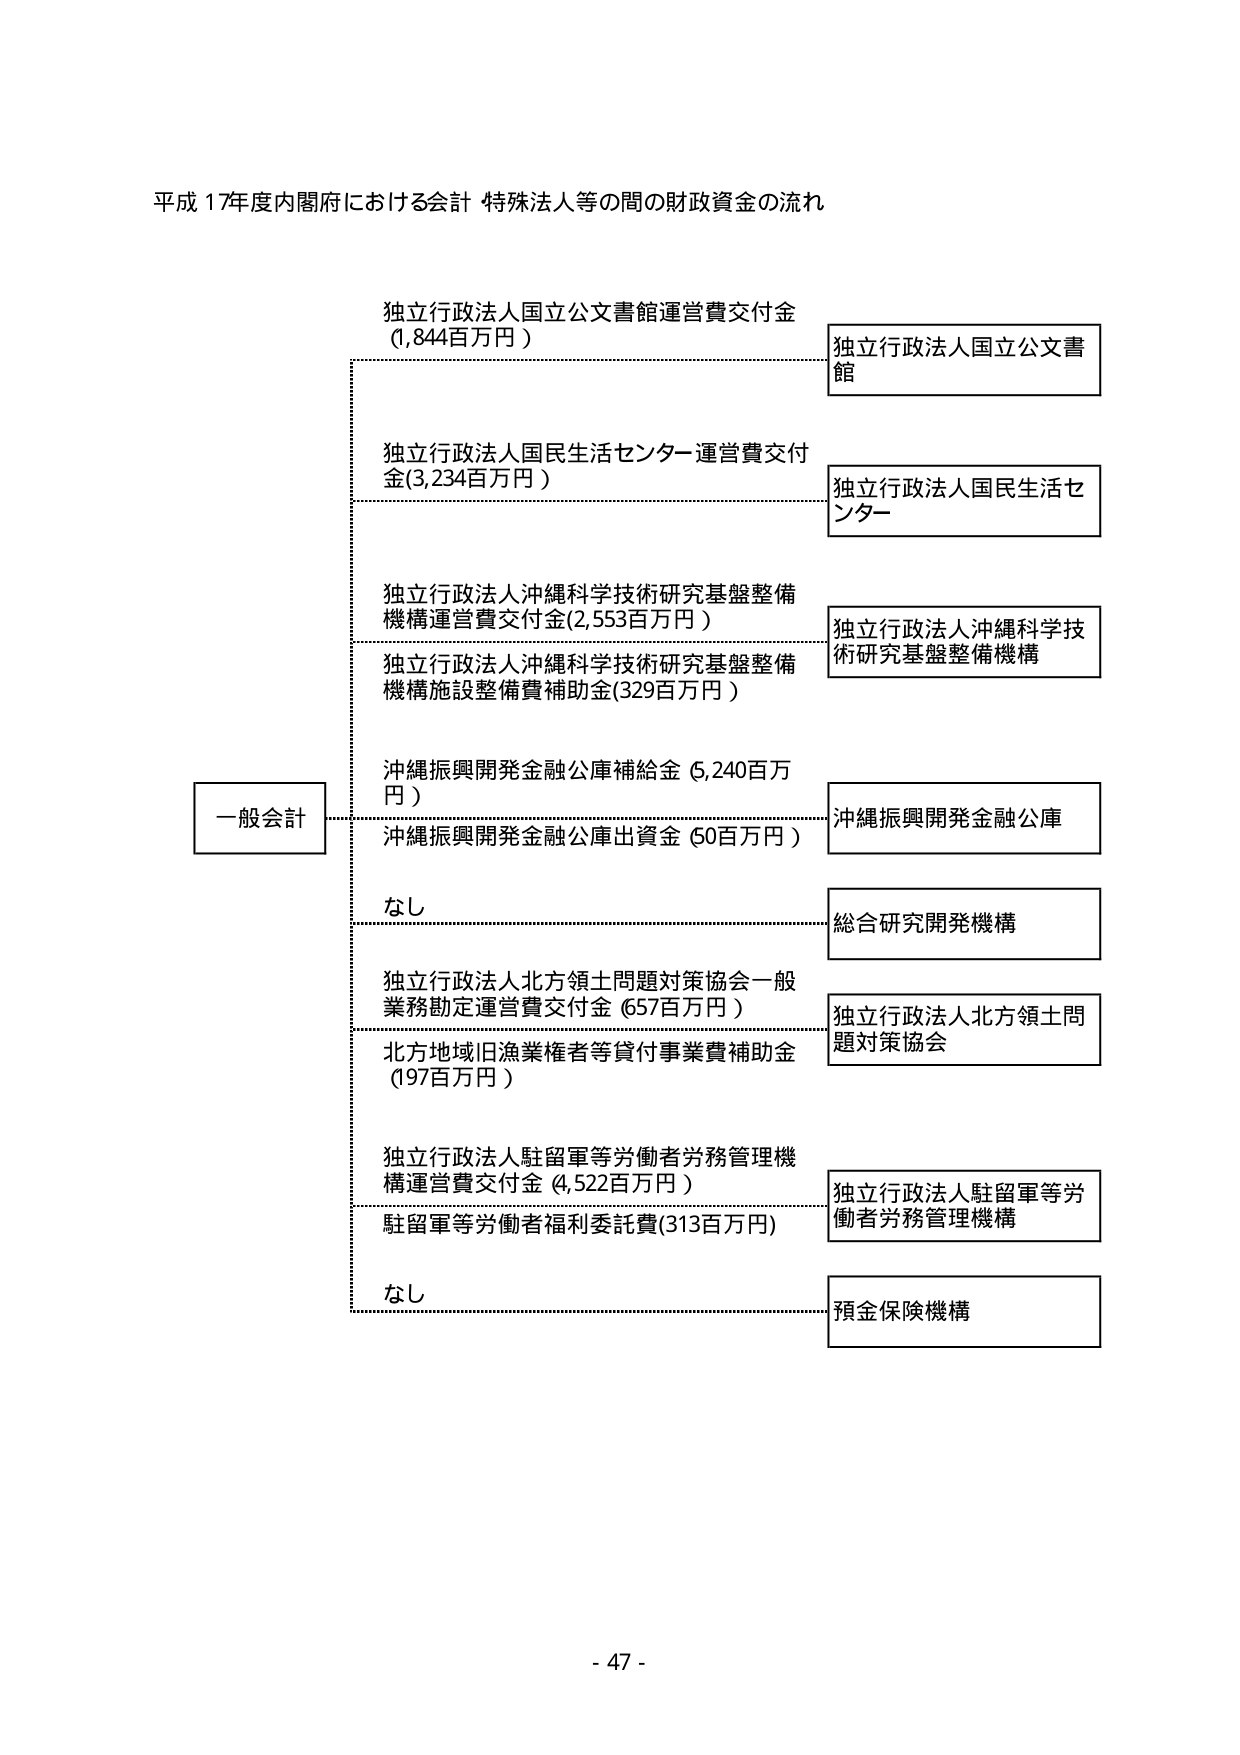
平成17年度内閣府における会計 特殊法人等の間の財政資金の流れ

一般会計

独立行政法人国立公文書館運営費交付金
(1,844百万円)

独立行政法人国立公文書館

独立行政法人国民生活センター運営費交付金(3,234百万円)

独立行政法人国民生活センター

独立行政法人沖縄科学技術研究基盤整備機構運営費交付金(2,553百万円)

独立行政法人沖縄科学技術研究基盤整備機構

独立行政法人沖縄科学技術研究基盤整備機構施設整備費補助金(329百万円)

沖縄振興開発金融公庫補給金 (5,240百万円)

沖縄振興開発金融公庫

沖縄振興開発金融公庫出資金 (50百万円)

なし

総合研究開発機構

独立行政法人北方領土問題対策協会一般業務勘定運営費交付金 (657百万円)

独立行政法人北方領土問題対策協会

北方地域旧漁業権者等貸付事業費補助金 (197百万円)

独立行政法人駐留軍等労働者労務管理機構運営費交付金 (4,522百万円)

独立行政法人駐留軍等労働者労務管理機構

駐留軍等労働者福利委託費(313百万円)

なし

預金保険機構

- 47 -